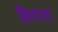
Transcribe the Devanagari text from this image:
क्रियोलो